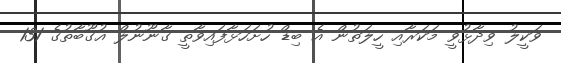
ވަކީލު ވިދާޅުވީ މަކަރާއި ހީލަތުން އެ ބިޑް ހުށަހަޅާފައިވާތީ ގާނޫނުލް އުގޫބާތުގެ 131